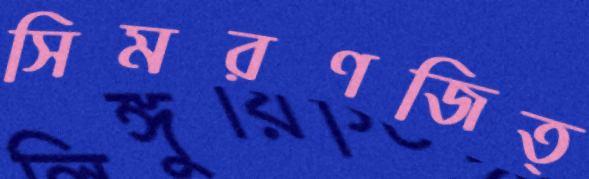
সিমরণজিত্